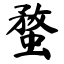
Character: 蝥